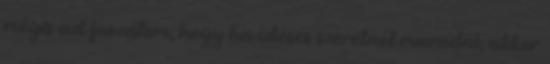
mégis azt javaslom, hogy ha ízléses szeretnél maradni, akkor